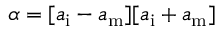
\alpha = [ a _ { \mathrm { i } } - a _ { \mathrm { m } } ] [ a _ { \mathrm { i } } + a _ { \mathrm { m } } ]